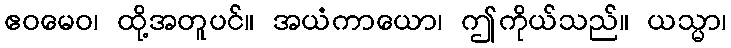
ဧဝမေဝ၊ ထို့အတူပင်။ အယံကာယော၊ ဤကိုယ်သည်။ ယသ္မာ၊